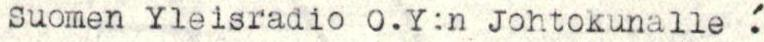
Suomen Yleisradio O.Y:n Johtokunalle!